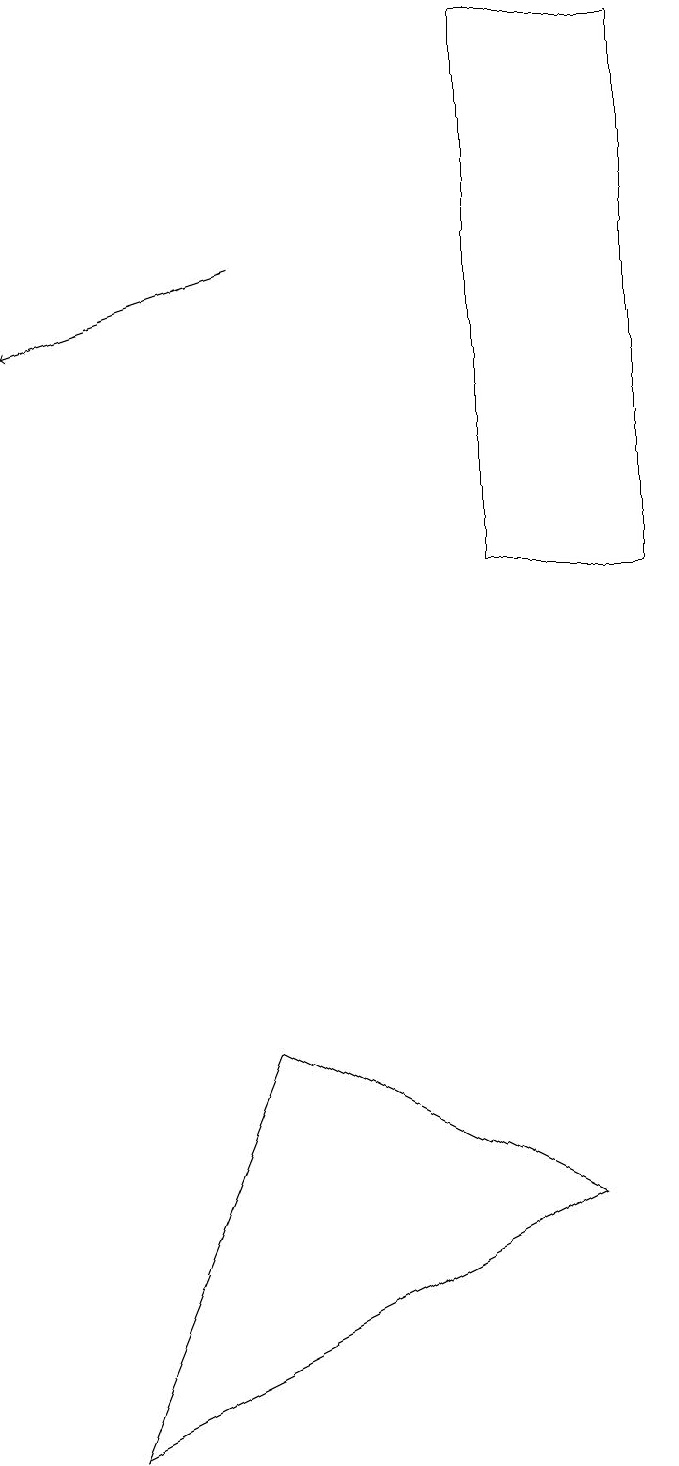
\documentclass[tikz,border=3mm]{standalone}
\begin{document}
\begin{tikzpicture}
\draw (8,4) -- (4,6) -- (2,1) -- cycle;
\draw[->] (4,16) -- (1,15);
\draw (9,19) rectangle (7,12);
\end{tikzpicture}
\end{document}